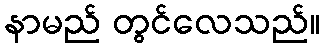
နာမည် တွင်လေသည်။